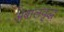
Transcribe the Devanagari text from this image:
अबालवृद्ध